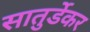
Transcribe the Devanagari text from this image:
सातुर्डेकर